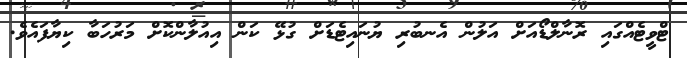
ޓްވީޓެއްގައި ރޮނާލްޑޯއަށް އަލުން އެނބުރި ޔުނައިޓެޑަށް ގުޅޭ ކަން އިއުލާންކޮށް މަރުހަބާ ކިޔާފައެވެ.